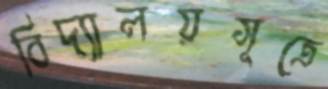
বিদ্যালয়সূত্রে